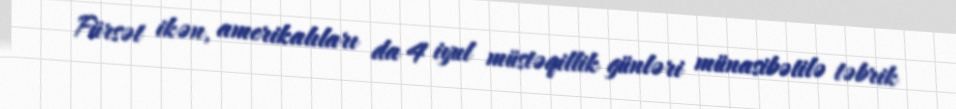
Fürsət ikən, amerikalıları da 4 iyul müstəqillik günləri münasibətilə təbrik